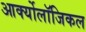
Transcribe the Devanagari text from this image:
आर्क्योलॉजिकल